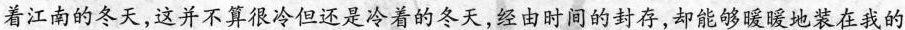
着江南的冬天，这并不算很冷但还是冷着的冬天，经由时间的封存，却能够暖暖地装在我的